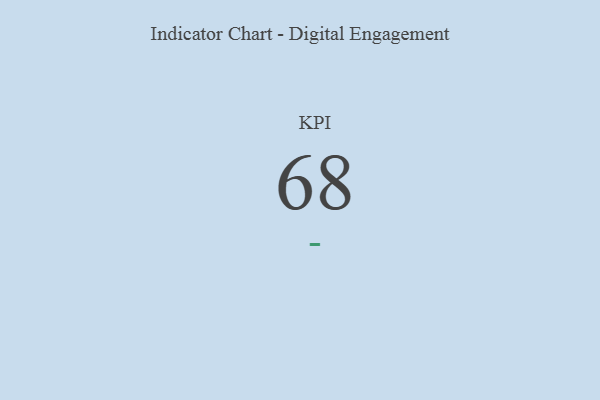
{"axis": {"x": "KPI", "y": "Value"}, "legend": [""], "data": [{"x": "KPI", "y": 68, "type": ""}]}